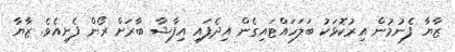
ޒާޔާ ފެނުމުން އިރުކޮޅަކު ބަލަހައްޓައިގެން އިދެފައި އިފާޝާ ބާރަށް ރޯން ފެށިއެވެ. ޒާޔާ